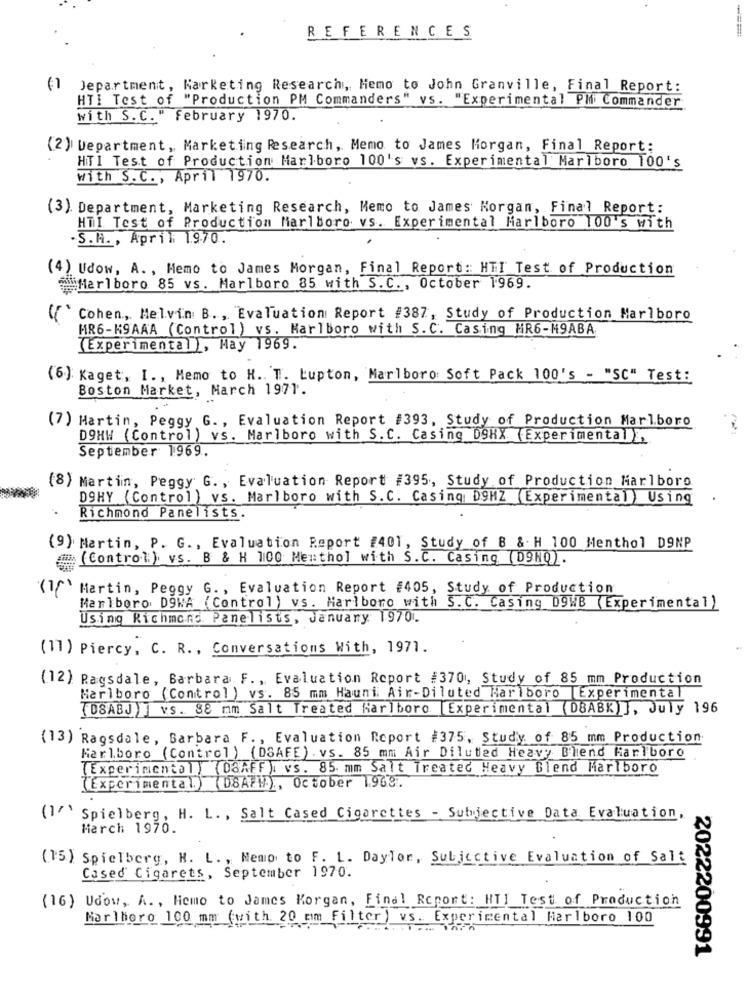
REFERENCES
(1 Department, Marketing Research, Memo to John Granville, Final Report:
HTI Test of "Production PM Commanders" vs. "Experimental PM Commander
with S. C." February 1970.
(2) Department, Marketing Research, Memo to James Morgan, Final Report:
HTI Test of Production Marlboro 100's vs. Experimental Marlboro 100's
with S. C ., April 1970.
(3) Department, Marketing Research, Memo to James Morgan, Final Report:
HTI Test of Production Marlboro vs. Experimental Marlboro 100's with
S.A ., April 1970.
(4) Udow, A. , Hemo to James Morgan, Final Report: HTI Test of Production
Marlboro 85 vs. Marlboro 85 with S.C ., October 1969.
Cohen, Melvin B ., Evaluation Report #387, Study of Production Marlboro
HR6-K9AAA (Control) vs. Marlboro with S. C. Casing HR6-M9ABA
(Experimental ), May 1969.
(6) Kaget, I ., Memo to H. T. Lupton, Marlboro Soft Pack 100's - "SC" Test:
Boston Market, March 1971.
(7) Martin, Peggy G ., Evaluation Report #393, Study of Production Marlboro
D9HW (Control) vs. Marlboro with S.C. Casing D9HX (Experimental ),
September 1969.
(8) Martin, Peggy G. , Evaluation Report #395, Study of Production Marlboro
DOHY (Control) vs. Marlboro with S.C. Casing D9HZ (Experimental ) Using
Richmond Panelists.
(9) Martin, P. G. , Evaluation Report #401, Study of B & H 100 Menthol D9NP
(Control) vs. B & H 100 Menthol with S. C. Casing (D9NQ).
(1) Martin, Peggy G. , Evaluation Report #405, Study of Production
Marlboro D9WA (Control) vs. Marlboro with S.C. Casing DOWB (Experimental)
Using Richmond. Panelists, January 1970.
(11) Piercy, C. R ., Conversations With, 1971.
(12) Ragsdale, Barbara F ., Evaluation Report #370, Study of 85 mm Production
Marlboro (Control) vs. 85 mm Hauni Air-Diluted Marlboro Experimental
(D8ABJ) ] vs. 88 mm Salt Treated Marlboro Experimental (DBABK) ], July 196
(13) Ragsdale, Barbara F ., Evaluation Report #375, Study of 85 mm Production
Karlboro (Control) (DSAFE) vs. 85 mm Air Diluted Heavy Blend Marlboro
( Experimental) (DaAFF) vs. 85 mm Salt Treated Heavy Blend Marlboro
(Experimental) (DSAFM), October 1968.
(1" Spielberg, H. L ., Salt Cased Cigarettes - Subjective Data Evaluation,
Harch 1970.
(15) Spielberg, H. L. , Nemo to F. L. Daylor, Subicctive Evaluation of Salt
Cased Cigarets, September 1970.
(16) Udow, A. , Hemo to James Korgan, Final Report: HTI Test of Production
Marlboro 100 mm (with. 20 mm Filter) vs. Experimental Marlboro 100
2022200991